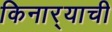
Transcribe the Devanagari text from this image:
किनार्‍याची